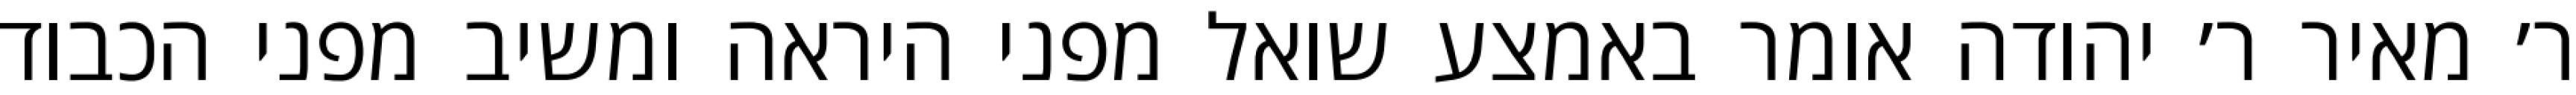
ר׳ מאיר ר׳ יהודה אומר באמצע שואל מפני היראה ומשיב מפני הכבוד